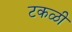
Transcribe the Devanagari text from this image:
टकळी